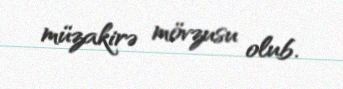
müzakirə mövzusu olub.